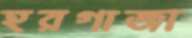
হরগাজা